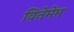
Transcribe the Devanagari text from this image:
विनेमेम